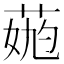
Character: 𦳹